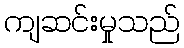
ကျဆင်းမှုသည်